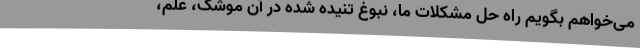
می‌خواهم بگویم راه حل مشکلات ما، نبوغ تنیده شده در آن موشک، علم،